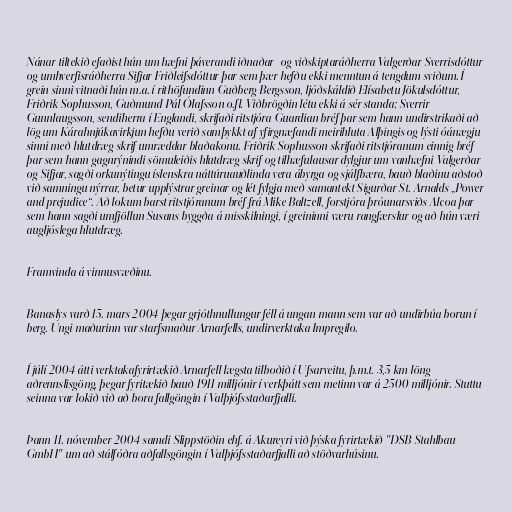
Nánar tiltekið efaðist hún um hæfni þáverandi iðnaðar- og viðskiptaráðherra Valgerðar Sverrisdóttur
og umhverfisráðherra Sifjar Friðleifsdóttur þar sem þær hefðu ekki menntun á tengdum sviðum. Í
grein sinni vitnaði hún m.a. í rithöfundinn Guðberg Bergsson, ljóðskáldið Elísabetu Jökulsdóttur,
Friðrik Sophusson, Guðmund Pál Ólafsson o.fl. Viðbrögðin létu ekki á sér standa; Sverrir
Gunnlaugsson, sendiherra í Englandi, skrifaði ritstjóra Guardian bréf þar sem hann undirstrikaði að
lög um Kárahnjúkavirkjun hefðu verið samþykkt af yfirgnæfandi meirihluta Alþingis og lýsti óánægju
sinni með hlutdræg skrif umræddar blaðakonu. Friðrik Sophusson skrifaði ritstjóranum einnig bréf
þar sem hann gagnrýnindi sömuleiðis hlutdræg skrif og tilhæfulausar dylgjur um vanhæfni Valgerðar
og Sifjar, sagði orkunýtingu íslenskra náttúruauðlinda vera ábyrga og sjálfbæra, bauð blaðinu aðstoð
við samningu nýrrar, betur upplýstrar greinar og lét fylgja með samantekt Sigurðar St. Arnalds „Power
and prejudice“. Að lokum barst ritstjóranum bréf frá Mike Baltzell, forstjóra þróunarsviðs Alcoa þar
sem hann sagði umfjöllun Susans byggða á misskilningi, í greininni væru rangfærslur og að hún væri
augljóslega hlutdræg.

Framvinda á vinnusvæðinu.

Banaslys varð 15. mars 2004 þegar grjóthnullungur féll á ungan mann sem var að undirbúa borun í
berg. Ungi maðurinn var starfsmaður Arnarfells, undirverktaka Impregilo.

Í júlí 2004 átti verktakafyrirtækið Arnarfell lægsta tilboðið í Ufsarveitu, þ.m.t. 3,5 km löng
aðrennslisgöng, þegar fyritækið bauð 1911 milljónir í verkþátt sem metinn var á 2500 milljónir. Stuttu
seinna var lokið við að bora fallgöngin í Valþjófsstaðarfjalli.

Þann 11. nóvember 2004 samdi Slippstöðin ehf. á Akureyri við þýska fyrirtækið "DSB Stahlbau
GmbH" um að stálfóðra aðfallsgöngin í Valþjófsstaðarfjalli að stöðvarhúsinu.